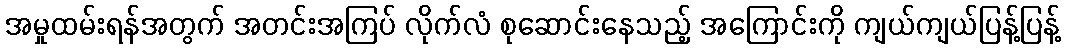
အမှုထမ်းရန်အတွက် အတင်းအကြပ် လိုက်လံ စုဆောင်းနေသည့် အကြောင်းကို ကျယ်ကျယ်ပြန့်ပြန့်